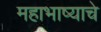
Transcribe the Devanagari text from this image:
महाभाष्याचे